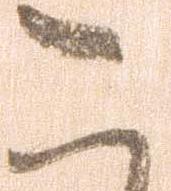
こ